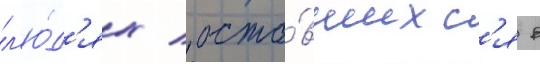
л'ю́д'ях / оста́вшихс'я в